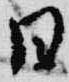
日